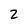
Character: 2